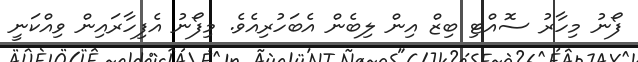
ފޯނު މިހާރު ސޮއްޓި ބިޒް އިން ލިބެން އެބަހުރިއެވެ. މިފޯނު އެފިހާރައިން ވިއްކަނީ